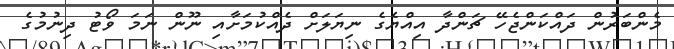
މެންބަރުން ދައްކަންޖެހޭ ޗަންދާ އިއްޔެގެ ނިޔަލަށް ދެއްކުމަށާއި ނޫން ނަމަ ވޯޓު ދިނުމުގެ